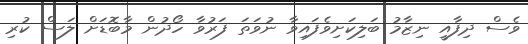
ވެސް ދިފާއީ ނިޒާމު ބަލިކަށިވެފައިވާ ނުވަތަ ފަރުވާ ހޯދުން މާބޮޑަށް ލަސް ކުރި